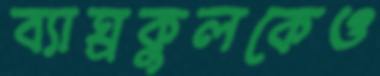
ব্যাঘ্রকুলকেও